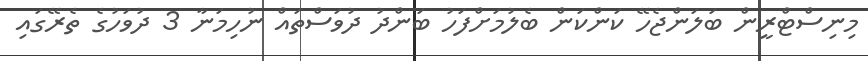
މިނިސްޓްރީން ބަލަންޖެހޭ ކަންކަން ބެލުމަށްފަހު ބަންދު ދުވަސްތައް ނުހިމަނާ 3 ދުވަހުގެ ތެރޭގައި